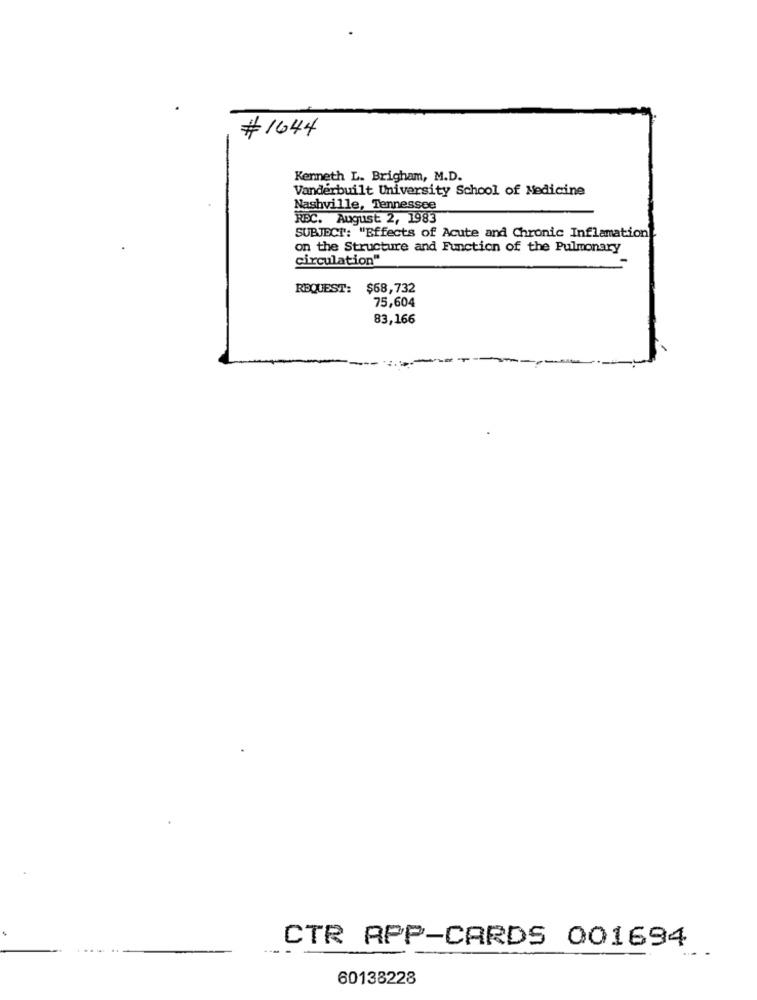
# 1644
Kenneth L. Brigham, M.D.
Vanderbuilt University School of Medicine
Nashville, Tennessee
REC. August 2, 1983
SUBJECT: "Effects of Acute and Chronic Inflamation
on the Structure and Function of the Pulmonary
circulation"
REQUEST: $68,732
75,604
83,166
CTR APP-CARDS 001694
60138228